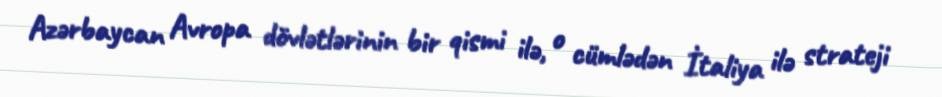
Azərbaycan Avropa dövlətlərinin bir qismi ilə, o cümlədən İtaliya ilə strateji